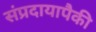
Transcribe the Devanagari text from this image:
संप्रदायापैकी